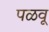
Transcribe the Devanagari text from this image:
पळवू